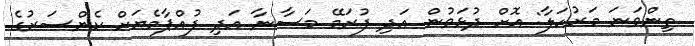
ތިންވަނަ މަރުހަލާ: އޮށް ދުޅަވުން އަދި ފުރަމޭ މަސާނާ އަދި ފުއްޕާމެޔަށް ކެންސަރުގެ